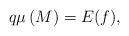
LaTeX: \begin{align*}q\mu \,(M)=E(f), \end{align*}